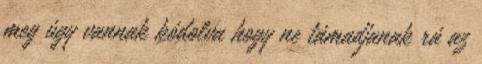
meg úgy vannak kódolva hogy ne támadjanak rá az